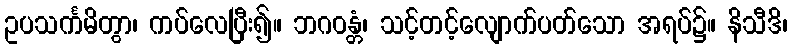
ဥပသင်္ကမိတွာ၊ ကပ်လေပြီး၍။ ဘဂဝန္တံ၊ သင့်တင့်လျောက်ပတ်သော အရပ်၌။ နိသီဒိ၊